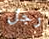
رجل